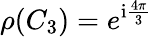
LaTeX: \rho(C_{3})=e^{\mathrm{i}\frac{4\pi}{3}}